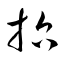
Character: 哲